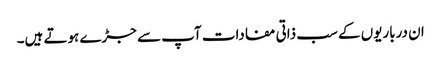
ان درباریوں کے سب ذاتی مفادات آپ سے جڑے ہوتے ہیں۔